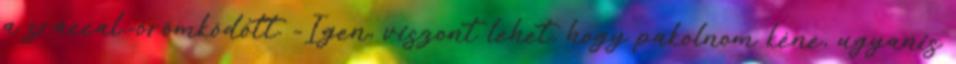
a sráccal.-örömködött. -Igen, viszont lehet, hogy pakolnom kéne, ugyanis